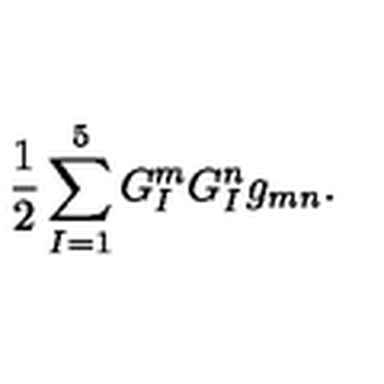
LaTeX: \frac { 1 } { 2 } \sum _ { I = 1 } ^ { 5 } G _ { I } ^ { m } G _ { I } ^ { n } g _ { m n } .